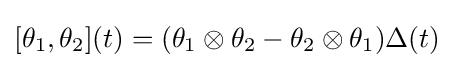
[\theta _{1},\theta _{2}](t)=(\theta _{1}\otimes \theta _{2}-\theta _{2}\otimes \theta _{1})\Delta (t)